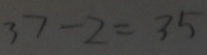
3 7 - 2 = 3 5